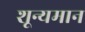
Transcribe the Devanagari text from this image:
शून्यमान